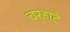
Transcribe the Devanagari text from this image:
चर्‍हाटे